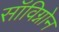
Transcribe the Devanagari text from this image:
सॉविग्नोन